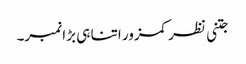
جتنی نظر کمزور اتنا ہی بڑا نمبر۔